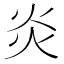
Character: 炎